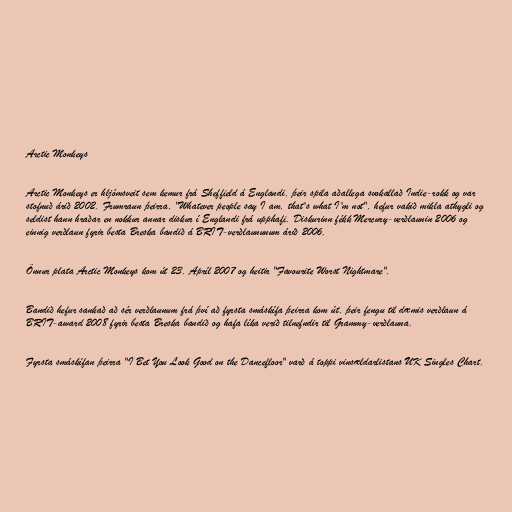
Arctic Monkeys

Arctic Monkeys er hljómsveit sem kemur frá Sheffield á Englandi, þeir spila aðallega svokallað Indie-rokk og var
stofnuð árið 2002. Frumraun þeirra, "Whatever people say I am, that's what I'm not", hefur vakið mikla athygli og
seldist hann hraðar en nokkur annar diskur í Englandi frá upphafi. Diskurinn fékk Mercury-verðlaunin 2006 og
einnig verðlaun fyrir besta Breska bandið á BRIT-verðlaununum árið 2006.

Önnur plata Arctic Monkeys kom út 23. Apríl 2007 og heitir "Favourite Worst Nightmare".

Bandið hefur sankað að sér verðlaunum frá því að fyrsta smáskífa þeirra kom út, þeir fengu til dæmis verðlaun á
BRIT-award 2008 fyrir besta Breska bandið og hafa líka verið tilnefndir til Grammy-verðlauna.

Fyrsta smáskífan þeirra "I Bet You Look Good on the Dancefloor" varð á toppi vinsældarlistans UK Singles Chart.